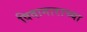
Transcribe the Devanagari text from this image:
विदागाराच्या